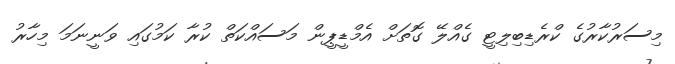
މިސަރުކާރުގެ ކްރެޑިބިލިޓީ ގެއްލޭ ގޮތަށް އެމްޑީޕީން މަސައްކަތް ކުރާ ކަމުގައި ވަނީނަމަ މިހާރު